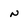
Character: n